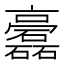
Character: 𥗧